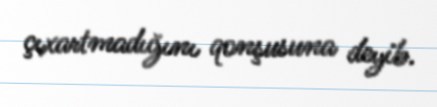
çıxartmadığını qonşusuna deyib.